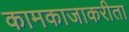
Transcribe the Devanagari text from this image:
कामकाजाकरीता